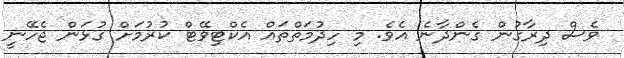
ވެސް ދިރާގުން ގެންދާނެ އެވެ. މި ހިދުމަތްތައް އެކްޓިވޭޓް ކުރުމަށް ގުޅަން ޖެހޭނީ